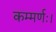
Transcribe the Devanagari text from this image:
कम्मर्णः।